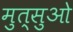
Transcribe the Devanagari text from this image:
मुत्सुओ